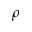
\rho